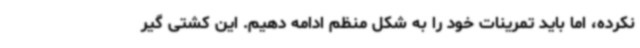
نکرده، اما باید تمرینات خود را به شکل منظم ادامه دهیم. این کشتی گیر